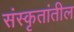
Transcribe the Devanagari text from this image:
संस्कृतांतील